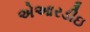
એઆરડીઇ